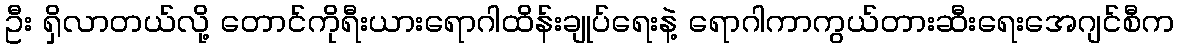
ဦး ရှိလာတယ်လို့ တောင်ကိုရီးယားရောဂါထိန်းချုပ်ရေးနဲ့ ရောဂါကာကွယ်တားဆီးရေးအေဂျင်စီက